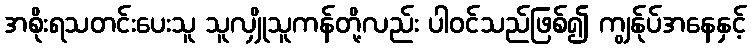
အစိုးရသတင်းပေးသူ သူလျှိုသူကန်တို့လည်း ပါဝင်သည်ဖြစ်၍ ကျွန်ုပ်အနေနှင့်